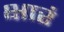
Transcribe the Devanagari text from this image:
क्षारं